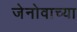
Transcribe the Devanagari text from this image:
जेनोवाच्या